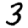
Digit: 3